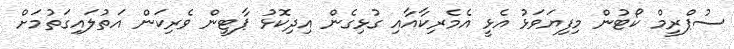
ސުޕްރީމް ކޯޓުން މިފިޔަވަޅު އެޅީ އެމެރިކާއާއި ގުޅިގެން އިދިކޮޅު ޕާޓީން ވެރިކަން އަތުލައިގަތުމަށް